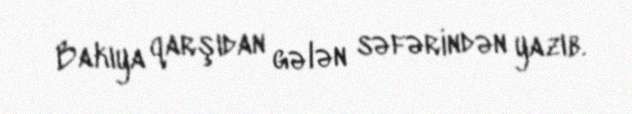
Bakıya qarşıdan gələn səfərindən yazıb.